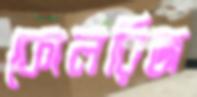
কোলরিজ